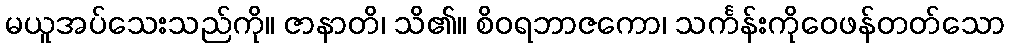
မယူအပ်သေးသည်ကို။ ဇာနာတိ၊ သိ၏။ စိဝရဘာဇကော၊ သင်္ကန်းကိုဝေဖန်တတ်သော